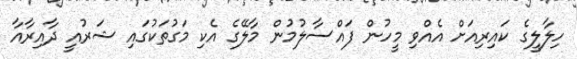
ހިލާލީގެ ކައިރިއަށް އެއްވި މީހުން ފައްސާލުމުން މާލޭގެ އެކި މަގުތަކުގައި ޝަރުއީ ދާއިރާއާ